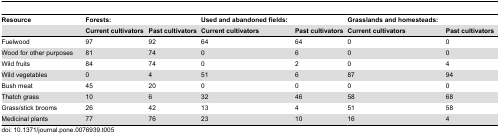
<table><thead><tr><td><b>Resource</b></td><td><b>Forests:</b></td><td></td><td><b>Used and abandoned fields:</b></td><td></td><td><b>Grasslands and homesteads:</b></td><td></td></tr><tr><td></td><td><b>Current cultivators</b></td><td><b>Past cultivators</b></td><td><b>Current cultivators</b></td><td><b>Past cultivators</b></td><td><b>Current cultivators</b></td><td><b>Past cultivators</b></td></tr></thead><tbody><tr><td>Fuelwood</td><td>97</td><td>92</td><td>64</td><td>64</td><td>0</td><td>0</td></tr><tr><td>Wood for other purposes</td><td>81</td><td>74</td><td>0</td><td>6</td><td>0</td><td>0</td></tr><tr><td>Wild fruits</td><td>84</td><td>74</td><td>0</td><td>2</td><td>0</td><td>4</td></tr><tr><td>Wild vegetables</td><td>0</td><td>4</td><td>51</td><td>6</td><td>87</td><td>94</td></tr><tr><td>Bush meat</td><td>45</td><td>20</td><td>0</td><td>0</td><td>0</td><td>0</td></tr><tr><td>Thatch grass</td><td>10</td><td>6</td><td>32</td><td>46</td><td>58</td><td>68</td></tr><tr><td>Grass/stick brooms</td><td>26</td><td>42</td><td>13</td><td>4</td><td>51</td><td>58</td></tr><tr><td>Medicinal plants</td><td>77</td><td>76</td><td>23</td><td>10</td><td>16</td><td>4</td></tr></tbody></table>